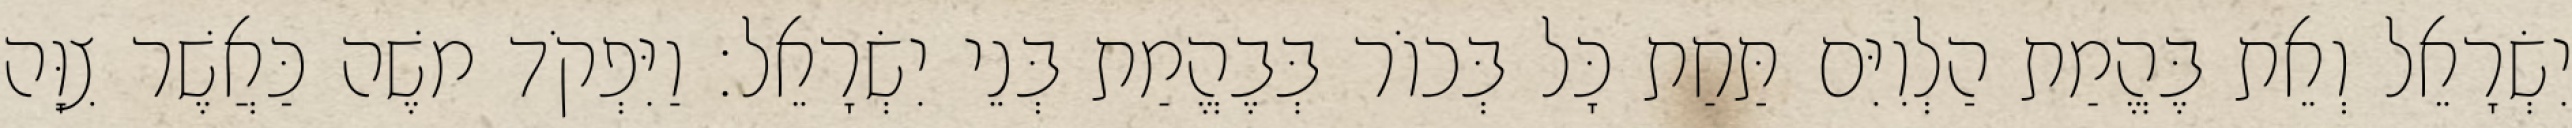
יִשְׂרָאֵל וְאֵת בֶּהֱמַת הַלְוִיִּם תַּחַת כָּל בְּכוֹר בְּבֶהֱמַת בְּנֵי יִשְׂרָאֵל׃ וַיִּפְקֹד משֶׁה כַּאֲשֶׁר צִוָּה